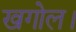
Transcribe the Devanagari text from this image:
खगोल।